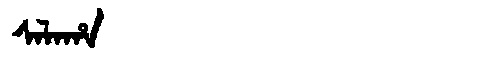
Manchu: ᠰᠠᠯᠠᡥᠠ
Romanization: SALAHA